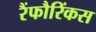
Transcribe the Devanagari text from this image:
रैंफौरिंकस